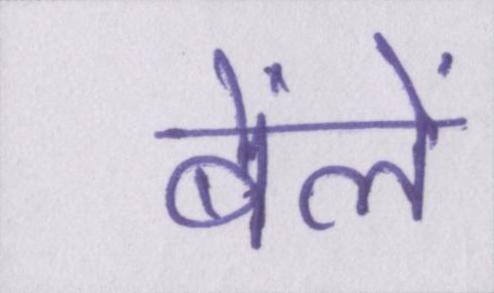
बेंलें